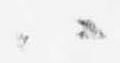
ハ